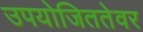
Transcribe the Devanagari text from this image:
उपयोजिततेवर